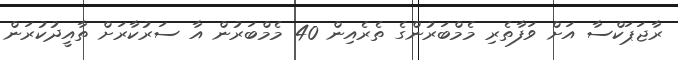
ރާޖަޕަކްސާ އަށް ވަފާތެރި މެމްބަރުންގެ ތެރެއިން 40 މެމްބަރުން އާ ސަރުކާރަށް ތާއީދުކުރަން